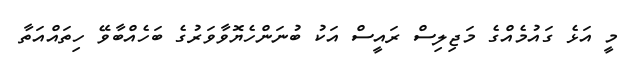
މީ އަޅެ ގައުމެއްގެ މަޖިލިސް ރައީސް އަކު ބުނަންހެޔޮވާވަރުގެ ބަހެއްބާވޭ ހިތައްއަތާ